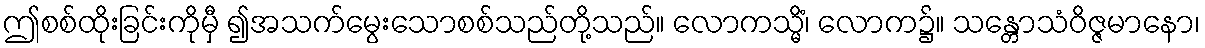
ဤစစ်ထိုးခြင်းကိုမှီ ၍အသက်မွေးသောစစ်သည်တို့သည်။ လောကသ္မိံ၊ လောက၌။ သန္တောသံဝိဇ္ဇမာနော၊